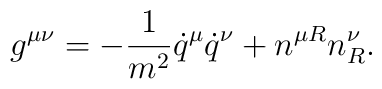
g^{\mu\nu}=-\frac{1}{m^2}\dot{q}^\mu\dot{q}^\nu+n^{\mu R}n^\nu_R.